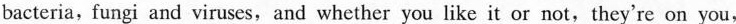
bacteria, fungi and viruses,and whether you like it or not,they're on you,